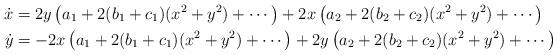
LaTeX: \begin{align*}\dot{x}&=2y\left(a_1+2(b_1+c_1)(x^2+y^2)+\cdots\right)+2x\left(a_2+2(b_2+c_2)(x^2+y^2)+\cdots\right) \\\dot{y}&=-2x\left(a_1+2(b_1+c_1)(x^2+y^2)+\cdots\right)+2y\left(a_2+2(b_2+c_2)(x^2+y^2)+\cdots\right)\end{align*}